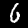
Label: 6